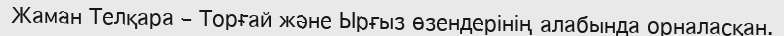
Жаман Телқара – Торғай және Ырғыз өзендерінің алабында орналасқан.